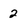
Character: 2